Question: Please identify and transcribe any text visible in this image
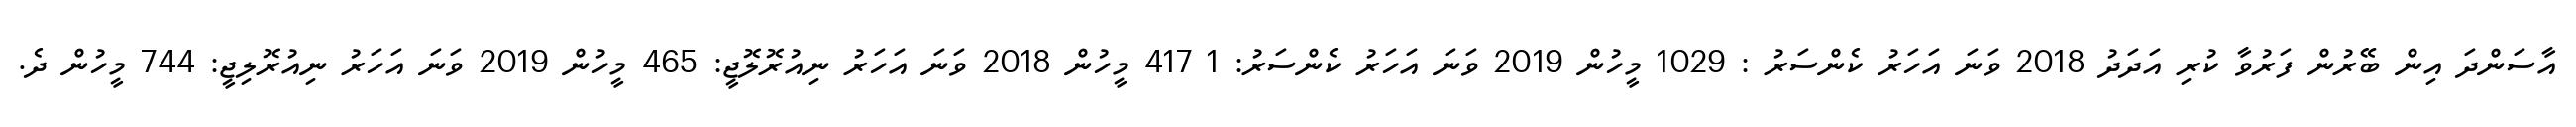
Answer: އާސަންދަ އިން ބޭރުން ފަރުވާ ކުރި އަދަދު 2018 ވަނަ އަހަރު ކެންސަރު : 1029 މީހުން 2019 ވަނަ އަހަރު ކެންސަރު: 1 417 މީހުން 2018 ވަނަ އަހަރު ނިއުރޮލޮޖީ: 465 މީހުން 2019 ވަނަ އަހަރު ނިއުރޮލިޖީ: 744 މީހުން ދެ.